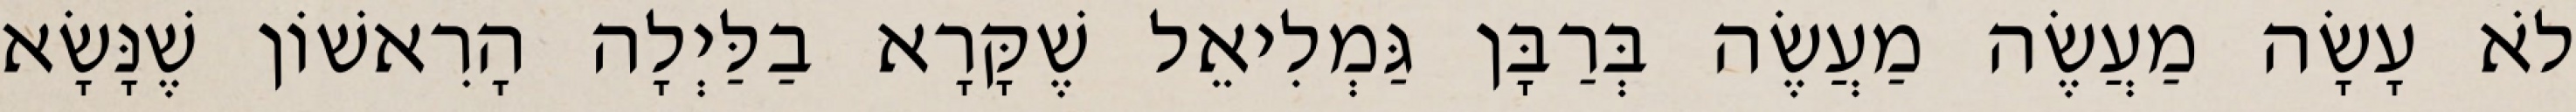
לֹא עָשָׂה מַעֲשֶׂה מַעֲשֶׂה בְּרַבָּן גַּמְלִיאֵל שֶׁקָּרָא בַלַּיְלָה הָרִאשׁוֹן שֶׁנָּשָׂא